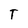
Character: T